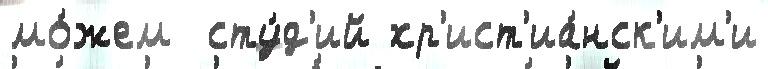
мо́жем  сту́д'ий хр'ист'иа́нск'им'и